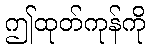
ဤထုတ်ကုန်ကို